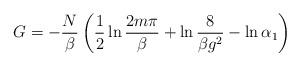
LaTeX: \begin{align*}G=-\frac{N}{\beta } \left( \frac{1}{2} \ln \frac{2m\pi }{\beta }+\ln \frac{8}{\beta g^2 } -\ln \alpha_{1} \right)\end{align*}